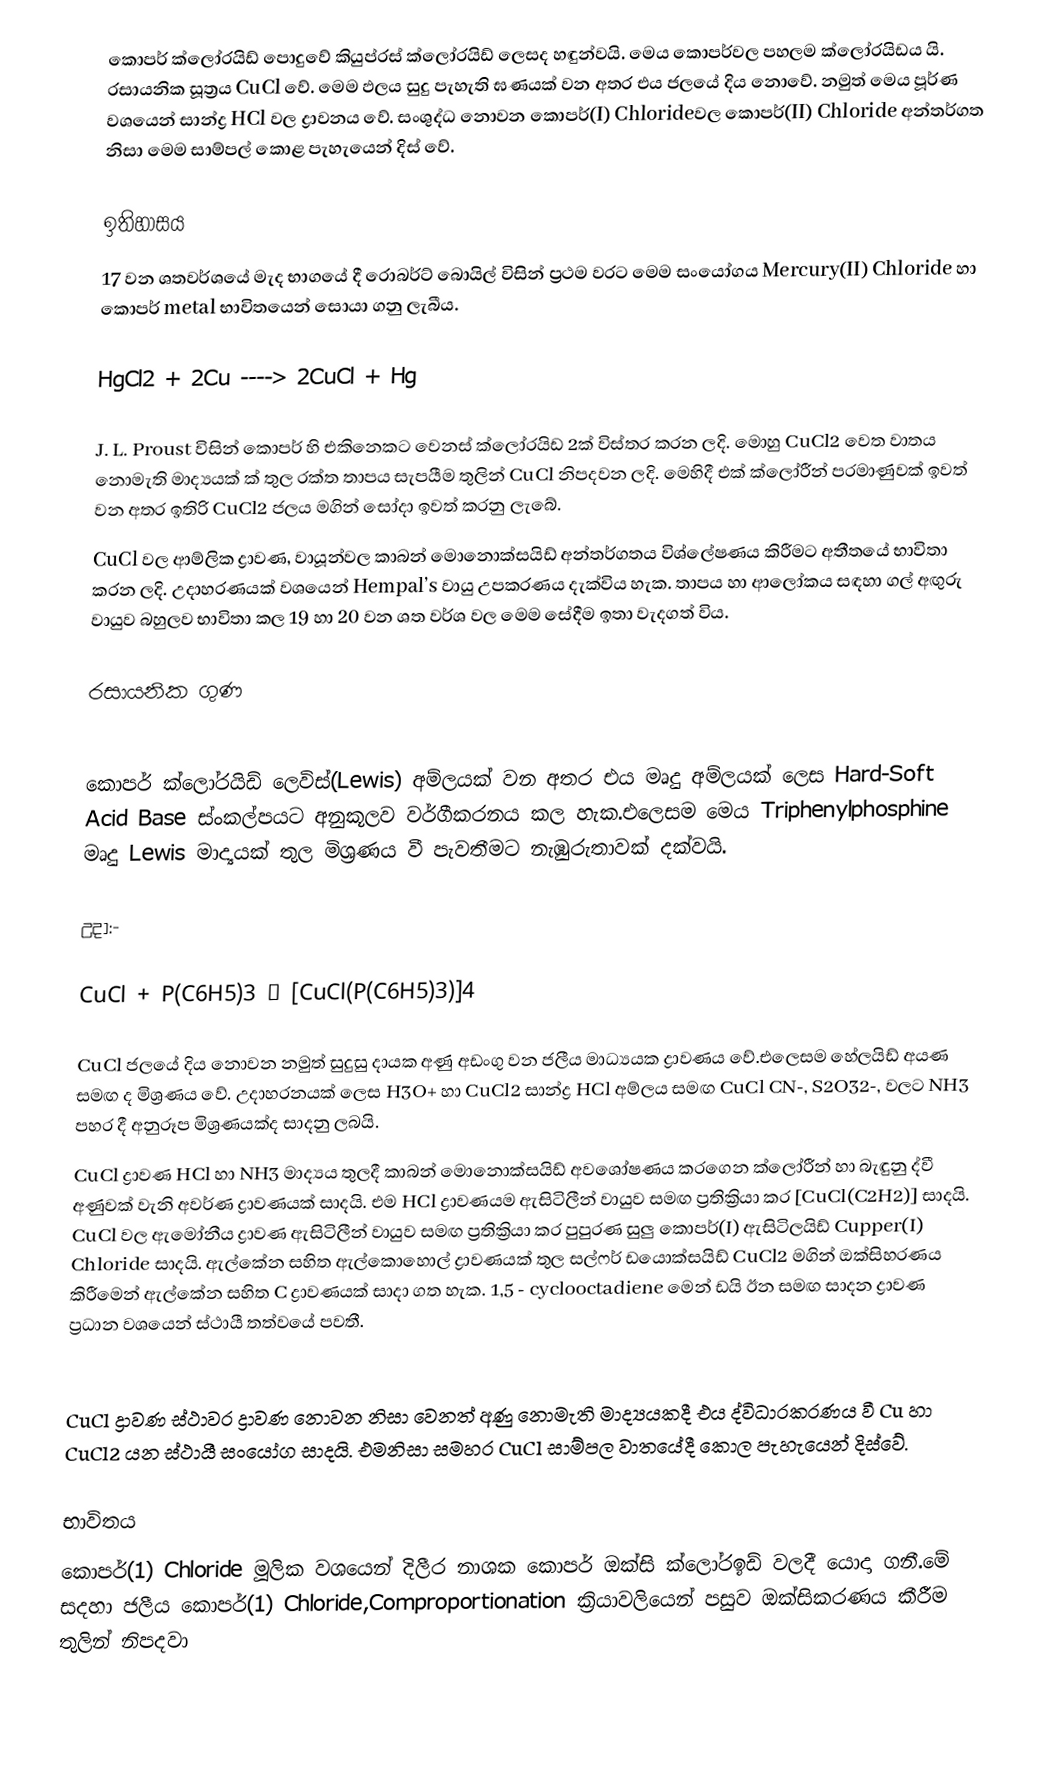
කොපර් ක්ලෝරයිඩ් පොදුවේ කියුප්රස් ක්ලෝරයිඩ් ලෙසද හඳුන්වයි. මෙය කොපර්වල පහලම ක්ලෝරයිඩය යි. රසායනික සූත්‍රය CuCl වේ. මෙම ඵලය සුදු පැහැති ඝණයක් වන අතර එය ජලයේ දිය නොවේ. නමුත් මෙය පූර්ණ වශයෙන් සාන්ද්‍ර HCl වල ද්‍රාවනය වේ. සංශුද්ධ නොවන කොපර්(I) Chlorideවල කොපර්(II) Chloride අන්තර්ගත නිසා මෙම සාම්පල් කොළ පැහැයෙන් දිස් වේ.

ඉතිහාසය
17 වන ශතවර්ශයේ මැද භාගයේ දී  රොබර්ට් බොයිල් විසින් ප්‍රථම වරට මෙම සංයෝගය Mercury(II) Chloride හා කොපර් metal භාවිතයෙන් සොයා ගනු ලැබීය.

HgCl2 + 2Cu ---->  2CuCl + Hg

J. L. Proust විසින් කොපර් හි එකිනෙකට වෙනස් ක්ලෝරයිඩ 2ක් විස්තර කරන ලදි. මොහු CuCl2 වෙත වාතය නොමැති මාද්‍යයක් ක් තුල රක්ත තාපය සැපයීම තුලින් CuCl නිපදවන ලදි. මෙහිදී එක් ක්ලෝරීන් පරමාණුවක් ඉවත් වන අතර ඉතිරි CuCl2 ජලය මගින් සෝදා ඉවත් කරනු ලැබේ.
CuCl වල ආම්ලික  ද්‍රාවණ, වායූන්වල කාබන් මොනොක්සයිඩ් අන්තර්ගතය විශ්ලේෂණය කිරීමට අතීතයේ භාවිතා කරන ලදි. උදාහරණයක් වශයෙන් Hempal’s  වායු උපකරණය දැක්විය හැක. තාපය හා ආලෝකය සඳහා ගල් අඟුරු වායුව බහුලව භාවිතා කල 19 හා 20 වන ශත වර්ශ වල මෙම සේදීම ඉතා වැදගත් විය.

රසායනික ගුණ

කොපර් ක්ලෝරයිඩ් ලෙවිස්(Lewis) අම්ලයක් වන අතර එය මෘදු අම්ලයක් ලෙස  Hard-Soft Acid Base ස්ංකල්පයට අනුකූලව වර්ගීකරනය කල හැක.එලෙසම මෙය Triphenylphosphine මෘදු Lewis මාද්‍යයක් තුල මිශ්‍රණය වී පැවතීමට නැඹුරුතාවක් දක්වයි.

උදා:-

CuCl + P(C6H5)3 → [CuCl(P(C6H5)3)]4

CuCl ජලයේ දිය නොවන නමුත් සුදුසු දායක අණු අඩංගු වන ජලීය මාධ්‍යයක ද්‍රාවණය වේ.එලෙසම හේලයිඩ් අයණ සමඟ ද මිශ්‍රණය වේ. උදාහරනයක් ලෙස H3O+ හා CuCl2 සාන්ද්‍ර HCl අම්ලය සමඟ CuCl      CN-, S2O32-,  වලට  NH3 පහර දී අනුරූප මිශ්‍රණයක්ද සාදනු ලබයි.
CuCl  ද්‍රාවණ HCl හා NH3 මාද්‍යය තුලදී කාබන් මොනොක්සයිඩ් අවශෝෂණය කරගෙන ක්ලෝරීන් හා බැඳුනු ද්වී අණුවක් වැනි අවර්ණ ද්‍රාවණයක් සාදයි. එම HCl ද්‍රාවණයම ඇසිටිලීන් වායුව සමඟ ප්‍රතික්‍රියා කර [CuCl(C2H2)] සාදයි. CuCl වල  ඇමෝනීය  ද්‍රාවණ ඇසිටිලීන් වායුව සමඟ ප්‍රතික්‍රියා කර පුපුරණ සුලු කොපර්(I) ඇසිටිලයිඩ් Cupper(I) Chloride සාදයි. ඇල්කේන සහිත ඇල්කොහොල්  ද්‍රාවණයක් තුල සල්ෆර් ඩයොක්සයිඩ් CuCl2 මගින් ඔක්සිහරණය කිරීමෙන් ඇල්කේන සහිත C ද්‍රාවණයක් සාදා ගත හැක. 1,5 - cyclooctadiene මෙන් ඩයි ඊන සමඟ සාදන ද්‍රාවණ ප්‍රධාන වශයෙන් ස්ථායී තත්වයේ පවතී.

CuCl ද්‍රාවණ ස්ථාවර ද්‍රාවණ නොවන නිසා වෙනත් අණු නොමැති මාද්‍යයකදී එය ද්විධාරකරණය වී Cu හා CuCl2 යන ස්ථායී සංයෝග සාදයි. එමනිසා සමහර CuCl සාම්පල වාතයේදී කොල පැහැයෙන් දිස්වේ.

භාවිතය
කොපර්(1) Chloride මූලික වශයෙන් දිලීර නාශක කොපර් ඔක්සි ක්ලෝරඉඩ් වලදී යොදා ගනී.මේ සදහා ජලීය කොපර්(1) Chloride,Comproportionation ක්‍රියාවලියෙන් පසුව ඔක්සිකරණය කීරීම තුලින් නිපදවා